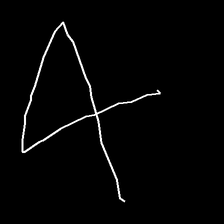
Glyph: collection